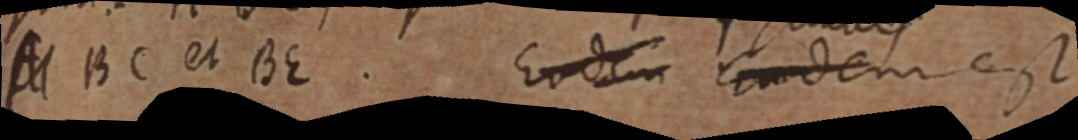
ABC et BE. Eodem Eodem est